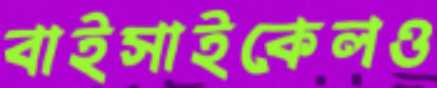
বাইসাইকেলও